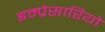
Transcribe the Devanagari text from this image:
इम्प्रेसारियो